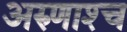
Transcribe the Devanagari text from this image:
अरुणाश्‍च